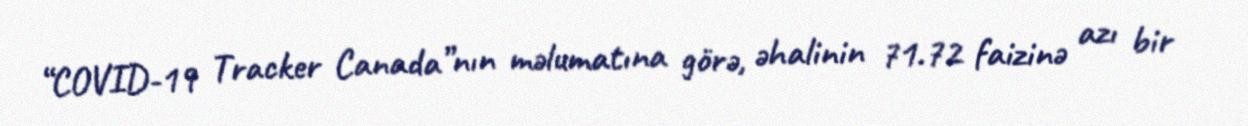
“COVID-19 Tracker Canada”nın məlumatına görə, əhalinin 71.72 faizinə azı bir